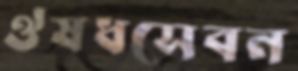
ঔষধসেবন